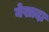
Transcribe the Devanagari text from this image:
येखादा